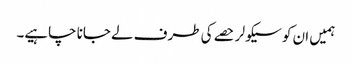
ہمیں ان کو سیکولر حصے کی طرف لے جانا چاہیے۔